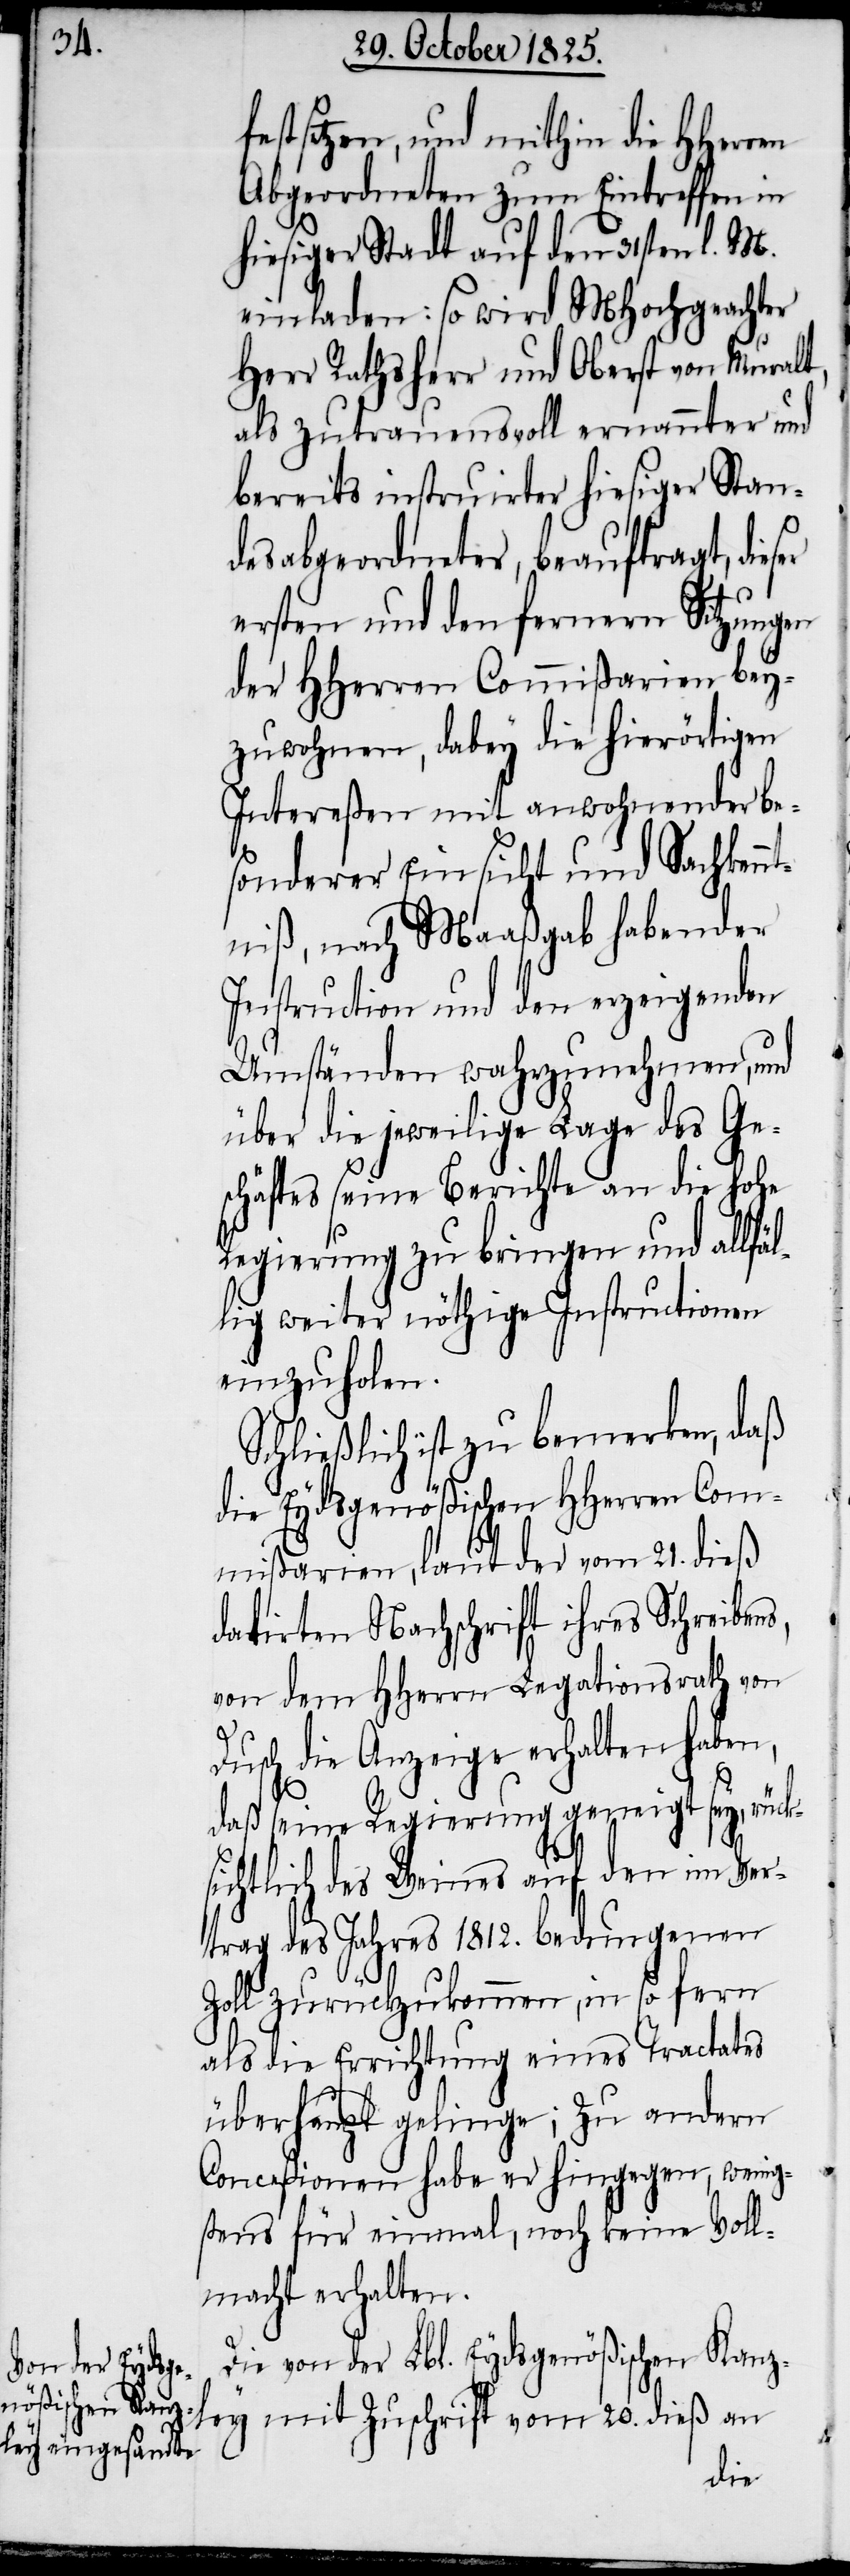
festsetzen, und mithin die HHerren
Abgeordneten zum Eintreffen in
hiesiger Stadt auf den 31sten d. M.
einladen: so wird MHochgeachter
Herr Rathsherr und Oberst von Muralt,
als zutrauensvoll ernannter und
bereits instruirter hiesiger Stan¬
desabgeordneter, beauftragt, dies¬
ersten und den fernern Sitzungen
der HHerren Commißarien bey¬
zuwohnen, dabey die hierörtigen
Intereßen mit anwohnender be¬
sonderer Einsicht und Sachkenn¬
tniß, nach Maaßgab habender
Instruction und den erzeigenden
Umständen wahrzunehmen, und
über die jeweilige Lage des Ge¬
schäftes seine Berichte an die hohe
Regierung zu bringen und allfä¬
llig weiter nöthige Instructionen
einzuholen.
Schließlich ist zu bemerken, daß
die Eydsgenößischen HHerren Com¬
mißarien, laut der vom 21. dieß
datirten Nachschrift ihres Schreibens,
von dem HHerrn Legationsrath von
Dusch die Anzeige erhalten haben,
daß seine Regierung geneigt sey, rück¬
sichtlich des Weines auf den im Ver¬
trag des Jahres 1812. bedungenen
Zoll zurückzukommen, in so fern
als die Errichtung eines Tractates
überhaupt gelinge; zu andern
Conceßionen habe er hingegen, wenig¬
stens für einmal, noch keine Voll¬
macht erhalten.
Die von der Lbl. Eydsgenößischen Kanz¬
dieß